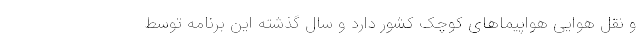
و نقل هوایی هواپیماهای کوچک کشور دارد و سال گذشته این برنامه توسط